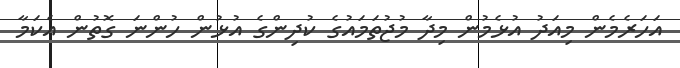
އަހަރެމެން މިއަދު އުޅެމުން މިދާ މުޖުތަމައުގެ ކުދިންގެ އުޅުން ހުންނަ ގޮތުން އެކަމާ